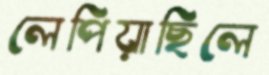
লেপিয়াছিলে